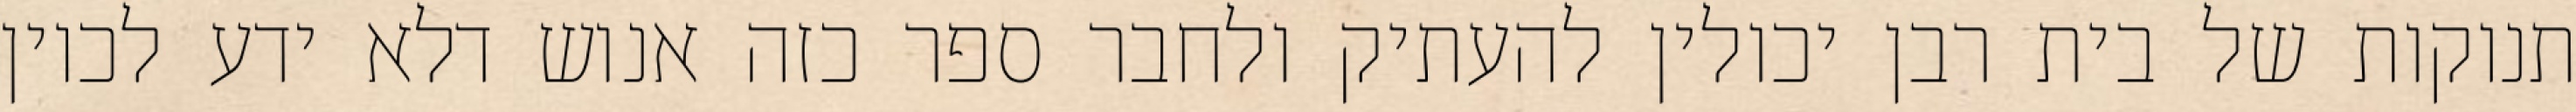
תנוקות של בית רבן יכולין להעתיק ולחבר ספר כזה אנוש דלא ידע לכוין